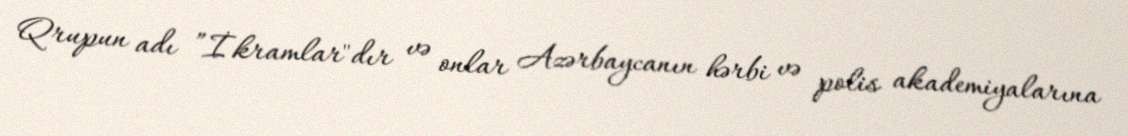
Qrupun adı ”İkramlar"dır və onlar Azərbaycanın hərbi və polis akademiyalarına